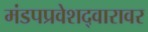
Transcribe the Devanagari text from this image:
मंडपप्रवेशद्वारावर